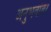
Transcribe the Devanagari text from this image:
अनुभवांबर